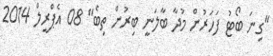
"ގިނަ ބޯޓު ފަހަރުން މުދާ ބާލަނީ ބިރުން ތިބެ" 08 އެޕްރީލް 2014